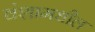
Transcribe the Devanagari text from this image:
वंशामधील